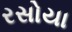
રસોયા